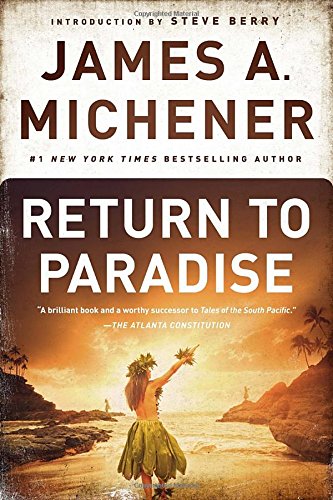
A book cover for Return to Paradise; James A. Michener; Literature & Fiction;